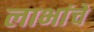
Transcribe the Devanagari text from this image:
लाभांचे